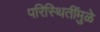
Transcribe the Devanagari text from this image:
परिस्थितींमुळे